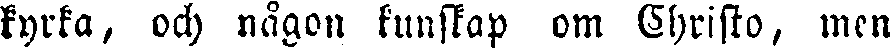
kyrka, och nägon kunskap om Christo, men